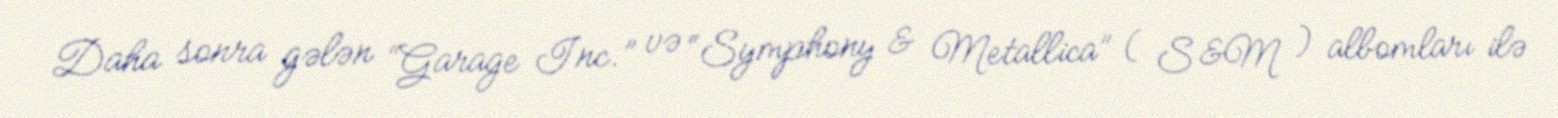
Daha sonra gələn “Garage Inc.” və “Symphony & Metallica” ( S&M ) albomları ilə